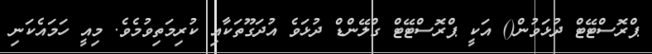
ޕްރޮސްޓޭޓް ދުޅަވުން() އަކީ ޕްރޮސްޓޭޓް ގްލޭންޑް ދުޅަވެ އުދަގޫތަކާއި ކުރިމަތިވުމެވެ. މިއީ ހަމައެކަނި